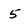
Character: 5